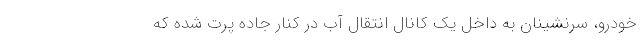
خودرو، سرنشینان به داخل یک کانال انتقال آب در کنار جاده پرت شده که